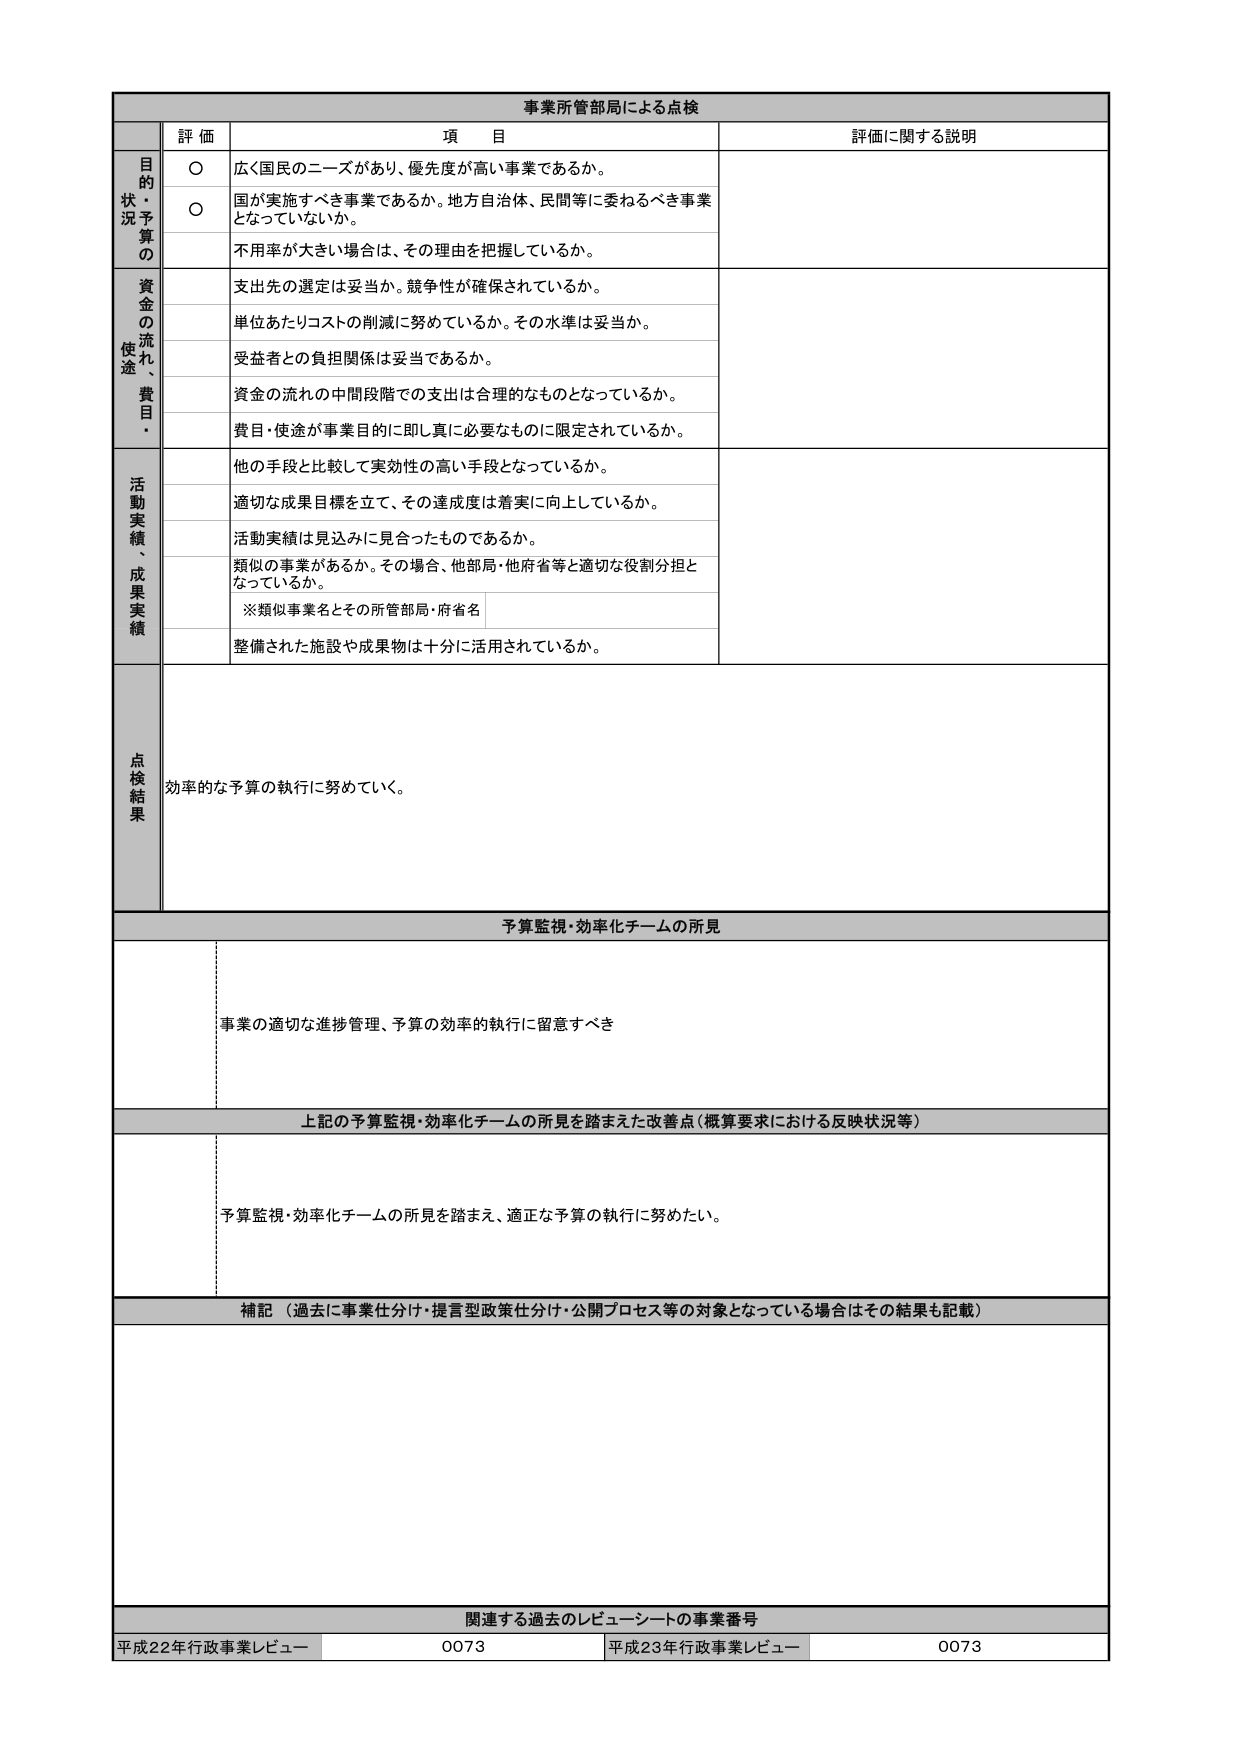
事業所管部局による点検

評価 項目 評価に関する説明

目的状況予算の
○ 広く国民のニーズがあり、優先度が高い事業であるか。
○ 国が実施すべき事業であるか。地方自治体、民間等に委ねるべき事業となっていないか。
不用率が大きい場合は、その理由を把握しているか。

資金の流れ、使途・費目・
支出先の選定は妥当か。競争性が確保されているか。
単位あたりコストの削減に努めているか。その水準は妥当か。
受益者との負担関係は妥当であるか。
資金の流れの中間段階での支出は合理的なものとなっているか。
費目・使途が事業目的に即し真に必要なものに限定されているか。

活動実績、成果実績
他の手段と比較して実効性の高い手段となっているか。
適切な成果目標を立て、その達成度は着実に向上しているか。
活動実績は見込みに見合ったものであるか。
類似の事業があるか。その場合、他部局・他府省等と適切な役割分担となっているか。
※類似事業名とその所管部局・府省名
整備された施設や成果物は十分に活用されているか。

点検結果
効率的な予算の執行に努めていく。

予算監視・効率化チームの所見
事業の適切な進捗管理、予算の効率的執行に留意すべき

上記の予算監視・効率化チームの所見を踏まえた改善点（概算要求における反映状況等）
予算監視・効率化チームの所見を踏まえ、適正な予算の執行に努めたい。

補記（過去に事業仕分け・提言型政策仕分け・公開プロセス等の対象となっている場合はその結果も記載）

関連する過去のレビュー・シートの事業番号
平成22年行政事業レビュー 0073 平成23年行政事業レビュー 0073